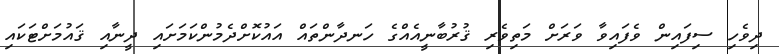
ދިވެހި ސިފައިން ވެފައިވާ ވަރަށް މަތިވެރި ޤުރުބާނީއެއްގެ ހަނދާންތައް އައުކޮށްދެމުންކަމަށައި ދީނާއި ޤައުމަށްޓަކައި